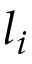
l _ { i }